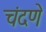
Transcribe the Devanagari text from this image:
चंदणे